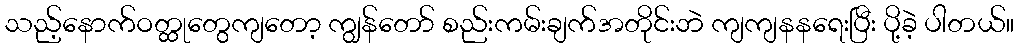
သည့်နောက်ဝတ္ထုတွေကျတော့ ကျွန်တော် စည်းကမ်းချက်အတိုင်းဘဲ ကျကျနနရေးပြီး ပို့ခဲ့ ပါတယ်။